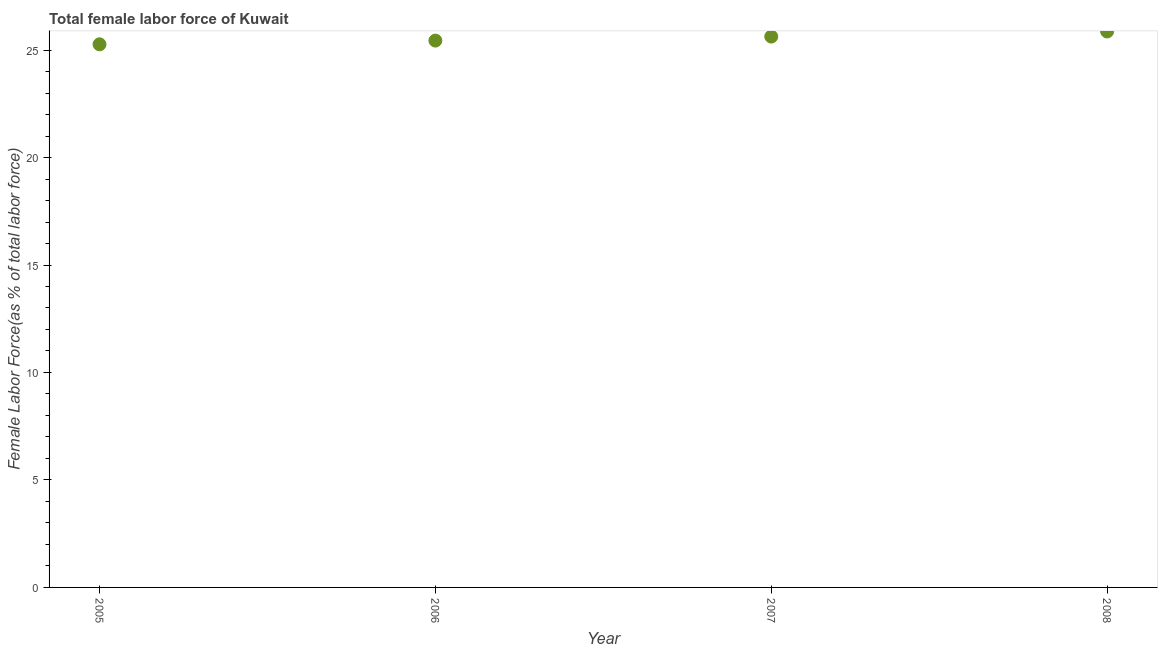
| Year | Female Labor force |
 | --- | --- |
 | 2005 | 25.3 |
 | 2006 | 25.4 |
 | 2007 | 25.6 |
 | 2008 | 25.9 |